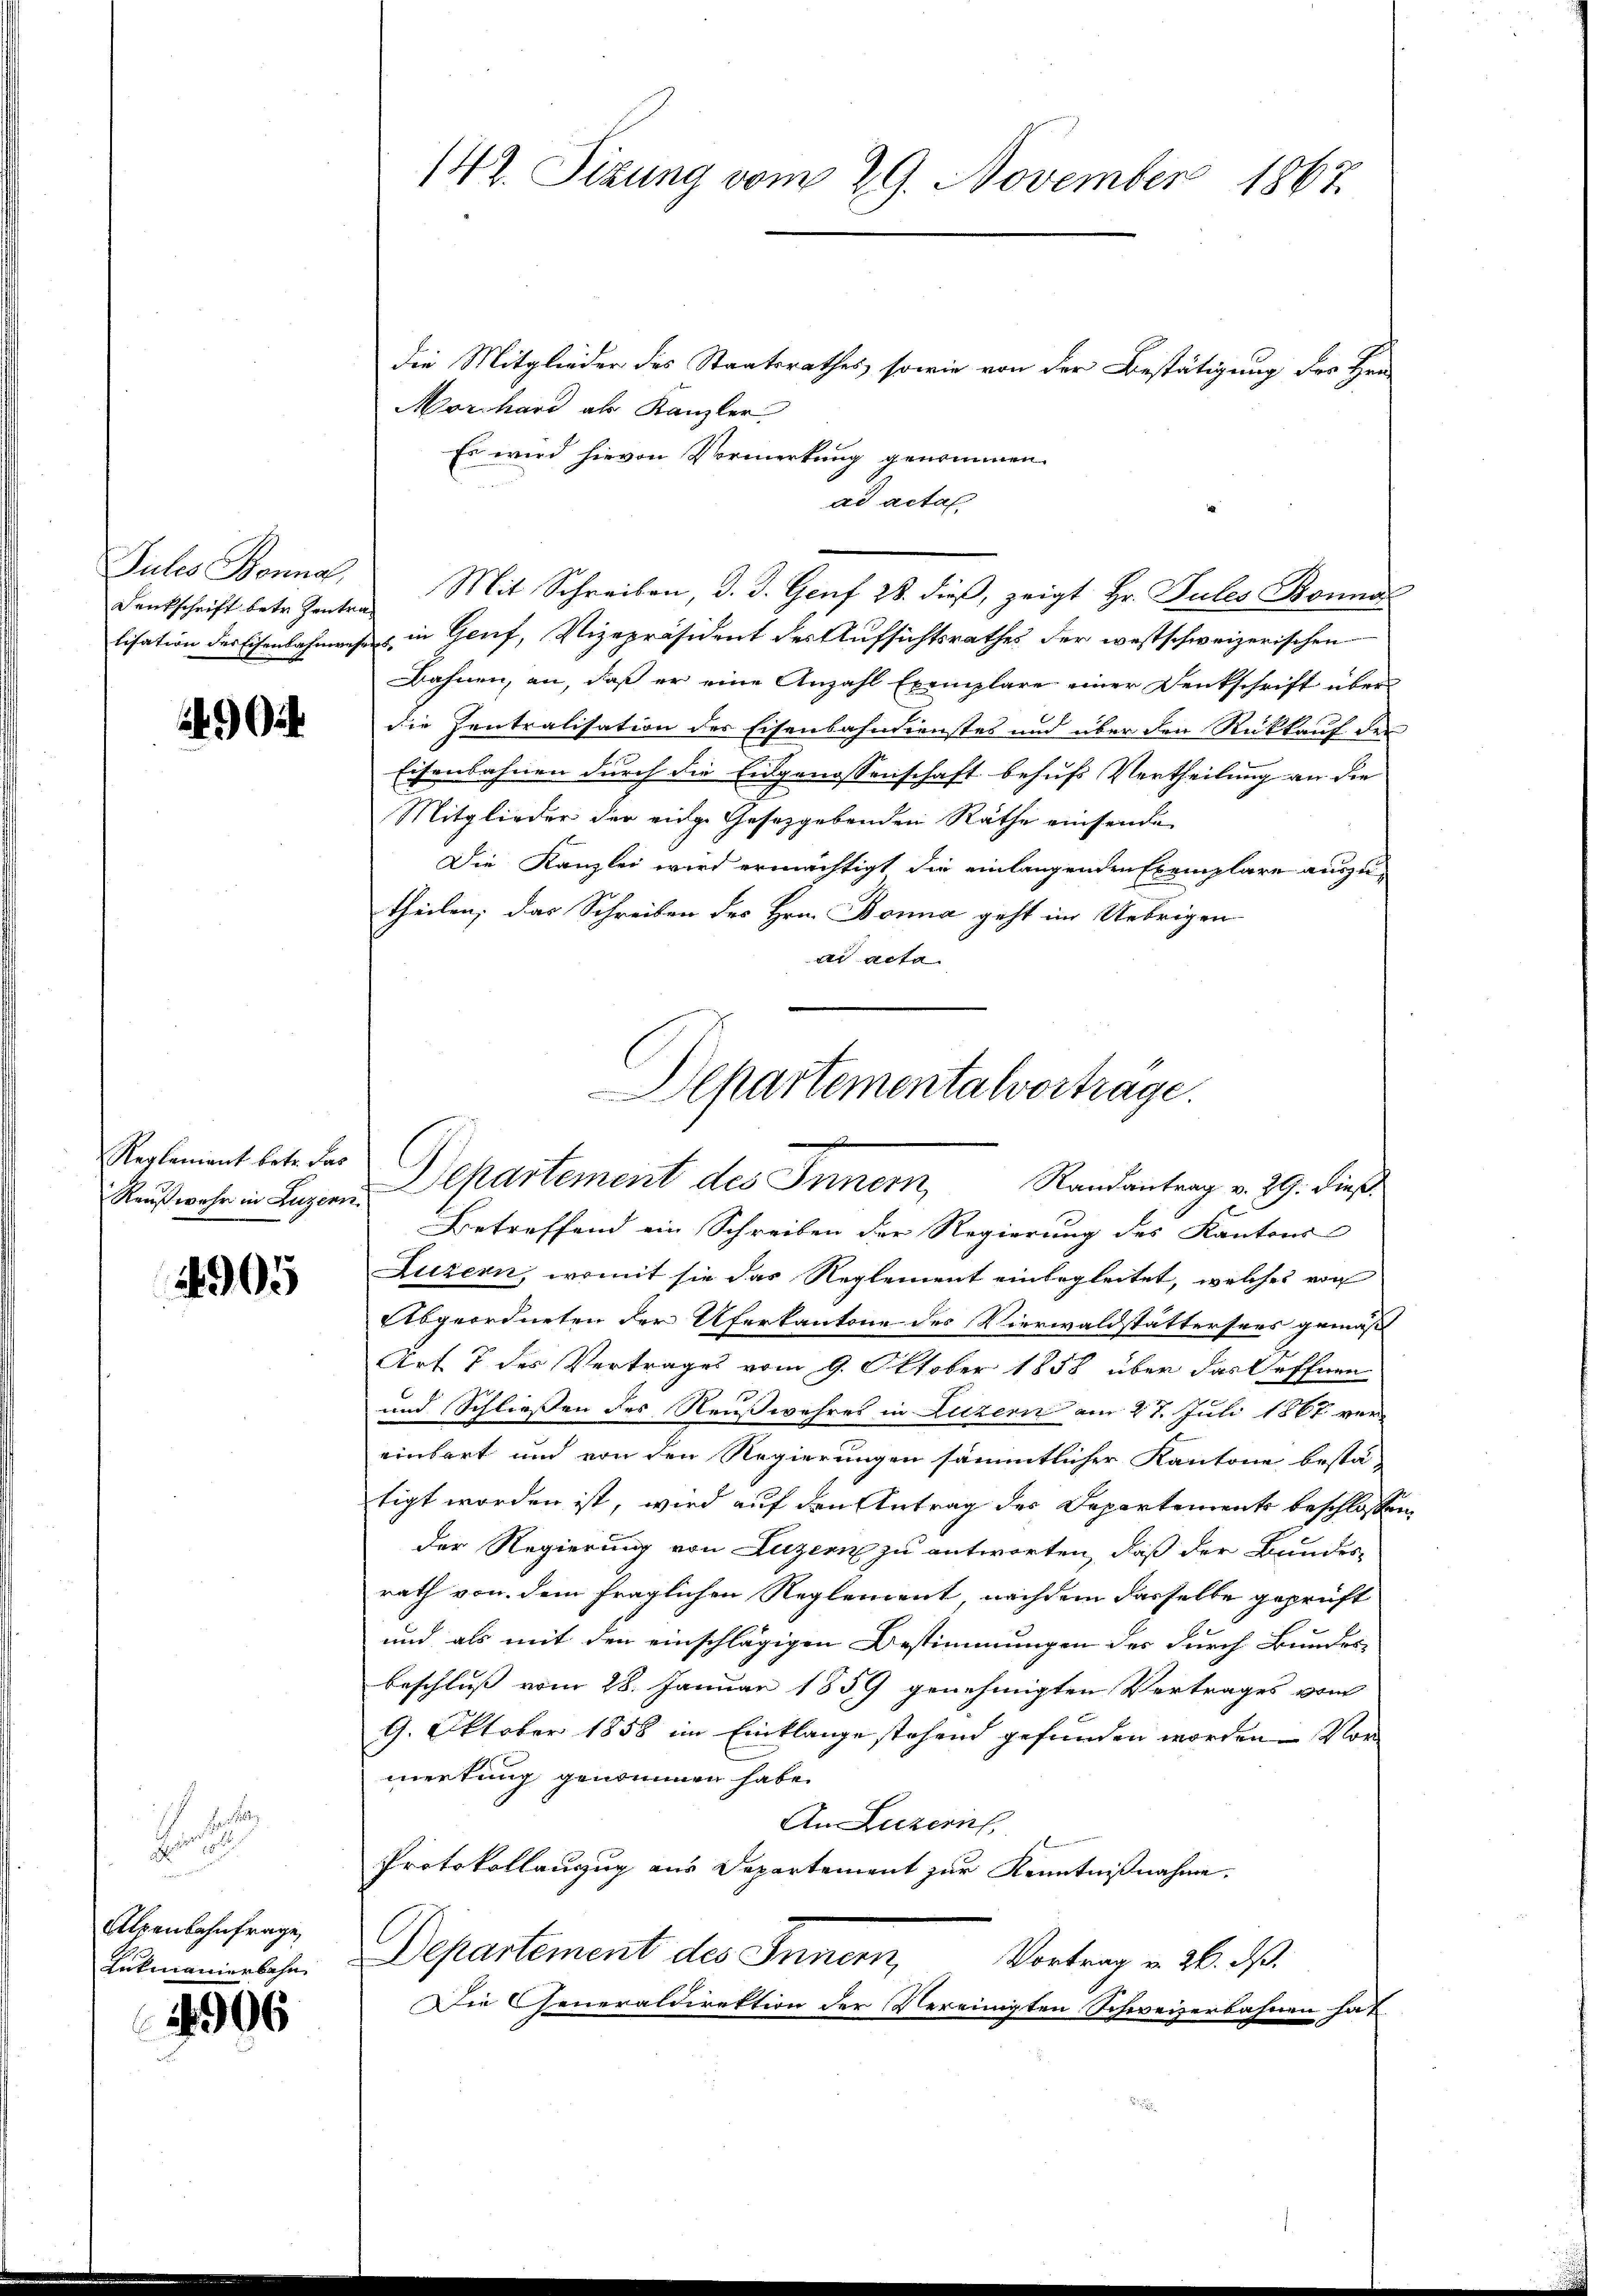
Jules Bonnal,
Denkschrift betr. Zentra
lisation des Eisenbahnen

Reglement betr. das
Rauß wehr in Luzern

4905

1
Fr
Alpenbahnfrage,
Lukmanierbahn

1906

f

142. Sizung vom 29. November 1867.

die Mitglieder des Staatsrathes, sowie von der Bestätigung der Her
Mornhard als Kanzler
Es wird hievon Vormerkung genommen.
ad acta
Mit Schreiben, d. J. Genf 28. dieß, zeigt Hr. Pules Bonna
s in Genf, Vizepräsident der Aufsichtsrathes der westschweizerischen
Bahnen, an, daß er eine Anzahl Exemplare einer Denkschrift über
die Zentralisation des Eisenbahndienstes und über den Rückkauf der
Eisenbahnen durch die Eidgenossenschaft behufs Vertheilung an die
Mitglieder der eige Gesetzgebenden Räthe einsende
Die Kanzlei wird ermächtigt die einlangenden Exemplare auszu-
theilen, das Schreiben des Hrn. Bonna geht im Uebrigen
ad acta.
Betreffend ein Schreiben der Regierung des Kantons
Luzern, womit sie das Reglement einbegleitet, welches von
Abgeordneten der Uferkantone des Vierwaldstättersees gemäß
Art. 7 des Vertrages vom 9. Oktober 1858 über das öffnen
und Schliessen des Reußwahres in Luzern am 27. Juli 1867 vereinbart und von den Regierungen sämmtlicher Kantone bestä-
tigt worden ist, wird auf den Antrag des Departements beschlosse
der Regierung von Luzern zu antworten, daß der Bundes-
rath von dem fraglichen Reglement nachdem dasselbe geprüft
und als mit den einschlägigen Bestimmungen der durch Bundes
beschluss vom 28. Januar 1859 genehmigten Vertrages vom
9. Oktober 1858 im Einklange stehend gefunden worden. Vor
mertung genommen habe.
An Luzern
Protokollanzug aus Departement zur Kenntnißnahme.
Departement des Innern, Vortrag v. 26. d.
Die Generaldirektion der Vereinigten Schweizerbahnen hat.

Departementalvortrage.
Departement des Innern Randantrag v. 29. dieß